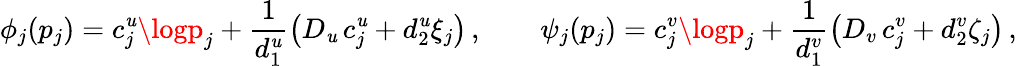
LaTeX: \phi_{j}(p_{j})=c_{j}^{\mathit{u}}\logp_{j}+\frac{{1}}{{d_{1}^{\mathit{u}}}}\left(D_{\mathit{u}}\, c_{j}^{\mathit{u}}+d_{2}^{\mathit{u}}\xi_{j}\right)\, ,\qquad\psi_{j}(p_{j})=c_{j}^{v}\logp_{j}+\frac{{1}}{{d_{1}^{v}}}\left(D_{v}\, c_{j}^{v}+d_{2}^{v}\zeta_{j}\right)\, ,